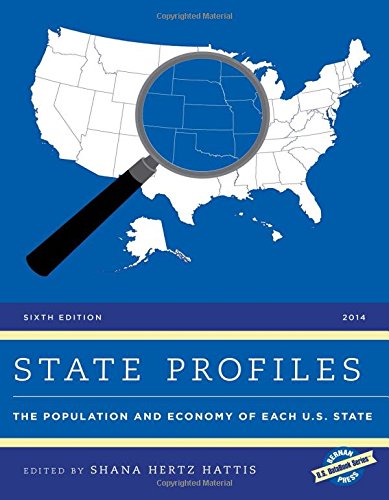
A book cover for State Profiles 2014: The Population and Economy of Each U.S. State (U.S. DataBook Series); Politics & Social Sciences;